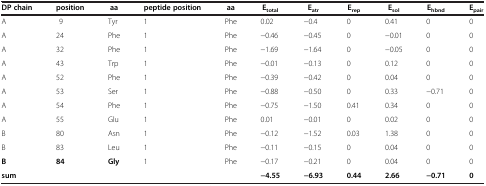
| DP chain | position | aa | peptide position | aa | Etotal | Eatr | Erep | Esol | Ehbnd | Epair |
 | --- | --- | --- | --- | --- | --- | --- | --- | --- | --- | --- |
 | A | 9 | Tyr | 1 | Phe | 0.02 | −0.4 | 0 | 0.41 | 0 | 0 |
 | A | 24 | Phe | 1 | Phe | −0.46 | −0.45 | 0 | −0.01 | 0 | 0 |
 | A | 32 | Phe | 1 | Phe | −1.69 | −1.64 | 0 | −0.05 | 0 | 0 |
 | A | 43 | Trp | 1 | Phe | −0.01 | −0.13 | 0 | 0.12 | 0 | 0 |
 | A | 52 | Phe | 1 | Phe | −0.39 | −0.42 | 0 | 0.04 | 0 | 0 |
 | A | 53 | Ser | 1 | Phe | −0.88 | −0.50 | 0 | 0.33 | −0.71 | 0 |
 | A | 54 | Phe | 1 | Phe | −0.75 | −1.50 | 0.41 | 0.34 | 0 | 0 |
 | A | 55 | Glu | 1 | Phe | 0.01 | −0.01 | 0 | 0.02 | 0 | 0 |
 | B | 80 | Asn | 1 | Phe | −0.12 | −1.52 | 0.03 | 1.38 | 0 | 0 |
 | B | 83 | Leu | 1 | Phe | −0.11 | −0.15 | 0 | 0.04 | 0 | 0 |
 | B | 84 | Gly | 1 | Phe | −0.17 | −0.21 | 0 | 0.04 | 0 | 0 |
 | sum |  |  |  |  | −4.55 | −6.93 | 0.44 | 2.66 | −0.71 | 0 |